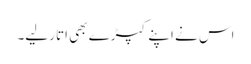
اس نے اپنے کپڑے بھی اتار لیے۔